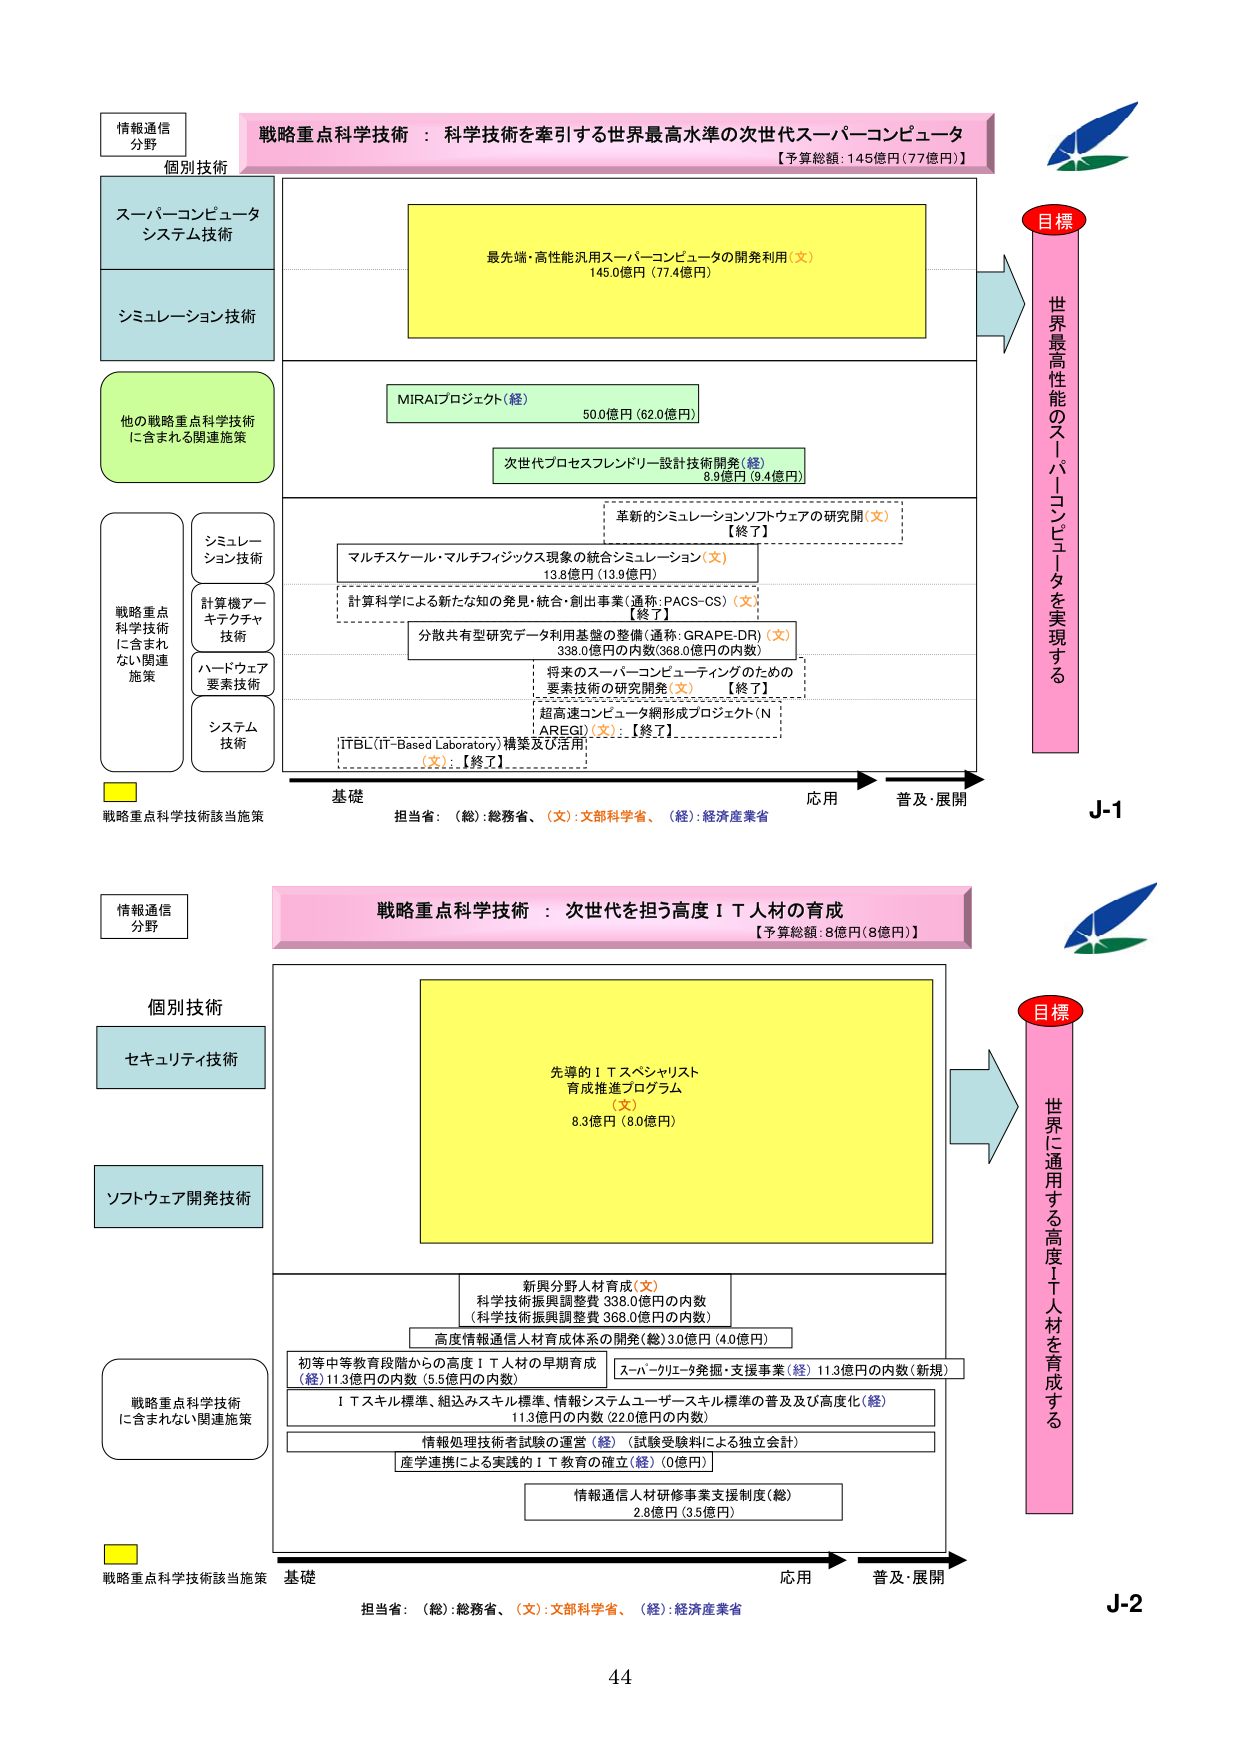
情報通信
分野

戦略重点科学技術：科学技術を牽引する世界最高水準の次世代スーパーコンピュータ
【予算総額：145億円（77億円）】

個別技術

スーパーコンピュータ
システム技術

シミュレーション技術

他の戦略重点科学技術
に含まれる関連施策

戦略重点
科学技術
に含まれ
ない関連
施策

シミュレー
ション技術

計算機アー
キテクチャ
技術

ハードウェア
要素技術

システム
技術

最尖端・高性能汎用スーパーコンピュータの開発利用（文）
145.0億円（77.4億円）

MIRAIプロジェクト（経）
500億円（62.0億円）

次世代プロセスフレンドリー設計技術開発（経）
8.9億円（9.4億円）

革新的シミュレーションソフトウェアの研究開（文）
【終了】

マルチスケール・マルチフィジックス現象の統合シミュレーション（文）
13.8億円（13.9億円）

計算科学による新たな知の発見・統合・創出事業（通称：PACS-CS）（文）
【終了】

分散共有型研究データ利用基盤の整備（通称：GRAPE-DR）（文）
338.0億円の内数（368.0億円の内数）

将来のスーパーコンピューティングのための
要素技術の研究開発（文）【終了】

超高速コンピュータ網形成プロジェクト（N
AREGI）（文）：【終了】

ITBL（IT-Based Laboratory）構築及び活用
（文）：【終了】

目標
世界最高性能のスーパーコンピュータを実現する

基礎
応用
普及・展開

担当省：（総）：総務省、（文）：文部科学省、（経）：経済産業省

J-1

情報通信
分野

戦略重点科学技術：次世代を担う高度ＩＴ人材の育成
【予算総額：8億円（8億円）】

個別技術

セキュリティ技術

ソフトウェア開発技術

戦略重点科学技術
に含まれない関連施策

先導的ＩＴスペシャリスト
育成推進プログラム
（文）
8.3億円（8.0億円）

新興分野人材育成（文）
科学技術振興調整費 338.0億円の内数
（科学技術振興調整費 368.0億円の内数）

高度情報通信人材育成体系の開発（総）3.0億円（4.0億円）

初等中等教育段階からの高度ＩＴ人材の早期育成
（経）11.3億円の内数（5.5億円の内数）

ＩＴスキル標準、組込みスキル標準、情報システムユーザースキル標準の普及及び高度化（経）
11.3億円の内数（22.0億円の内数）

情報処理技術者試験の運営（経）（試験受験料による独立会計）

産学連携による実践的ＩＴ教育の確立（経）（0億円）

情報通信人材研修事業支援制度（総）
2.8億円（3.5億円）

目標
世界に通用する高度ＩＴ人材を育成する

基礎
応用
普及・展開

担当省：（総）：総務省、（文）：文部科学省、（経）：経済産業省

J-2

44

戦略重点科学技術該当施策
戦略重点科学技術該当施策